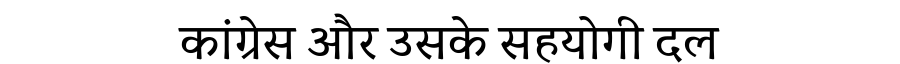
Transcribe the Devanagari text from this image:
कांग्रेस और उसके सहयोगी दल